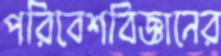
পরিবেশবিজ্ঞানের